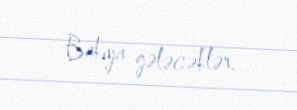
Bakıya gələcəklər.